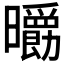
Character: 𣌄